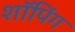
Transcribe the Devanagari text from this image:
शाॅपिंग